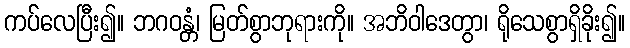
ကပ်လေပြီး၍။ ဘဂဝန္တံ၊ မြတ်စွာဘုရားကို။ အဘိဝါဒေတွာ၊ ရိုသေစွာရှိခိုး၍။